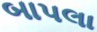
બાપલા